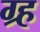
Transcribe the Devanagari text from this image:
ग्र्ह